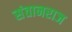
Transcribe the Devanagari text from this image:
संतानराज